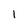
Character: 1